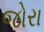
જોરા